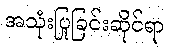
အသုံးပြုခြင်းဆိုင်ရာ